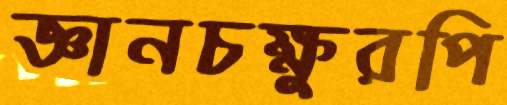
জ্ঞানচক্ষুরপি